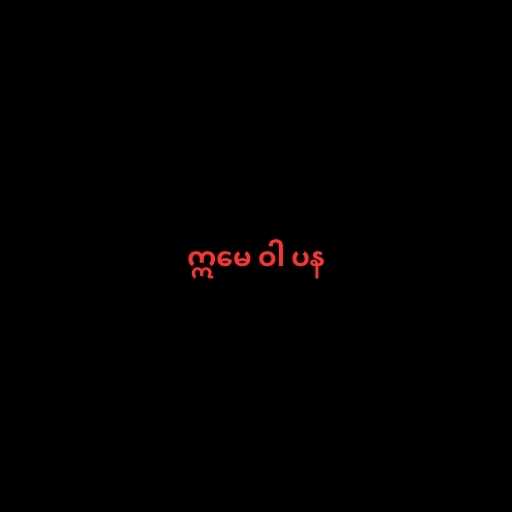
ဣမေ ဝါ ပန